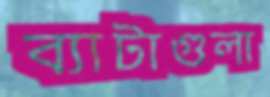
ব্যাটাগুলা